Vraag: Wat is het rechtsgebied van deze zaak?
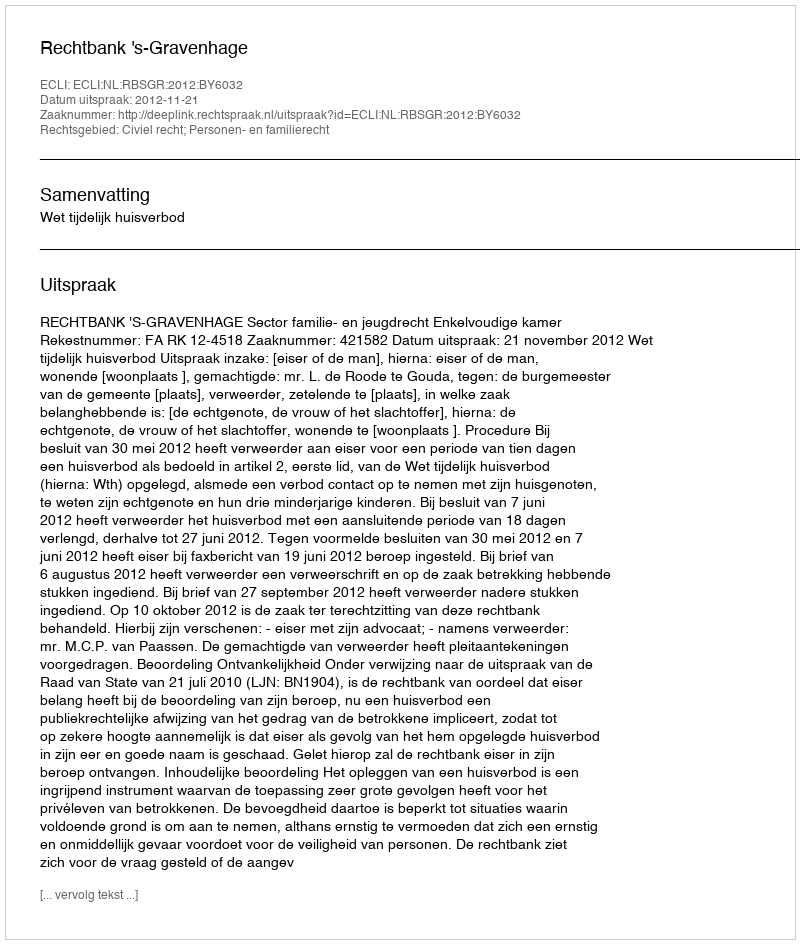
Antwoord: Civiel recht; Personen- en familierecht